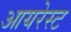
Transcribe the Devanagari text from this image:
आयरेस्ट